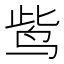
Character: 𪉈